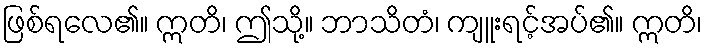
ဖြစ်ရလေ၏။ ဣတိ၊ ဤသို့။ ဘာသိတံ၊ ကျူးရင့်အပ်၏။ ဣတိ၊